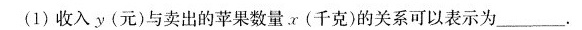
(1)收入y(元)与卖出的苹果数量α(千克)的关系可以表示为___。